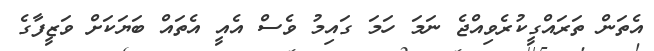
އެތަން ތަރައްގީކުރެވިއްޖެ ނަމަ ހަމަ ގައިމު ވެސް އެއީ އެތައް ބަޔަކަށް ވަޒީފާގެ